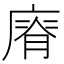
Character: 𢊌